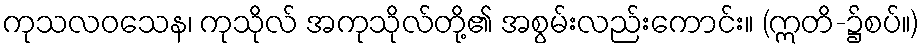
ကုသလဝသေန၊ ကုသိုလ် အကုသိုလ်တို့၏ အစွမ်းလည်းကောင်း။ (ဣတိ-၌စပ်။)